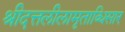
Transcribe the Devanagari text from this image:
श्रीदत्तलीलामृताब्धिसार